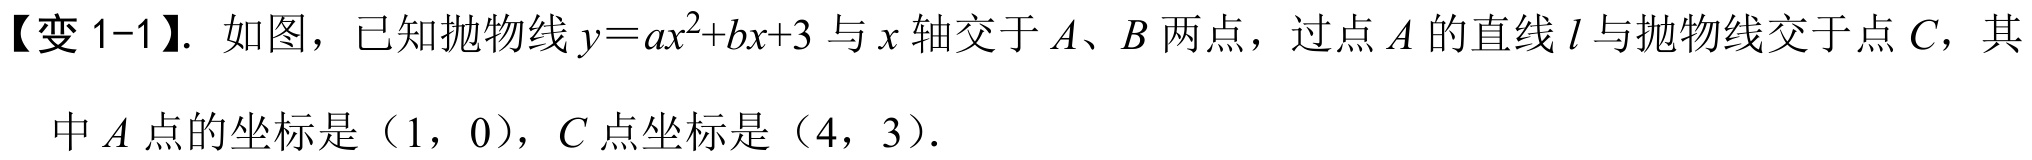
【变 1-1】. 如图，已知抛物线\(y = ax^{2}+bx + 3\)与\(x\)轴交于\(A\)、\(B\)两点，过点\(A\)的直线\(l\)与抛物线交于点\(C\)，其中\(A\)点的坐标是（\(1\)，\(0\)），\(C\)点坐标是（\(4\)，\(3\)）.